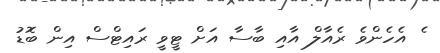
ެ އެހެންވެ ރެއާލް އާއި ބާސާ އަށް ޓީވީ ރައިޓްސް އިން ބޮޑު